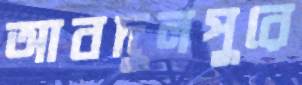
আবদুলপুরে